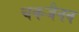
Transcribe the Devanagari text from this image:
चकजैनव